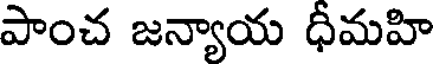
పాంచ జన్యాయ ధీమహి